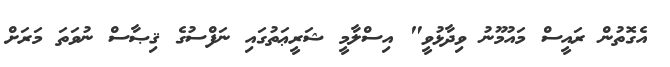
އެގޮތުން ރައީސް މައުމޫނު ވިދާޅުވީ" އިސްލާމީ ޝަރީޢަތުގައި ނަފްސުގެ ޤިޞާސް ނުވަތަ މަރަށް